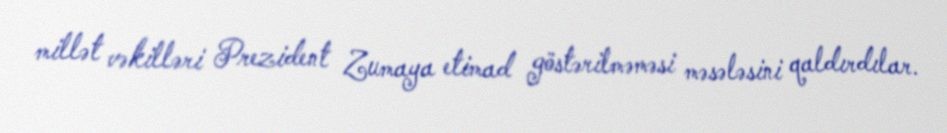
millət vəkilləri Prezident Zumaya etimad göstərilməməsi məsələsini qaldırdılar.